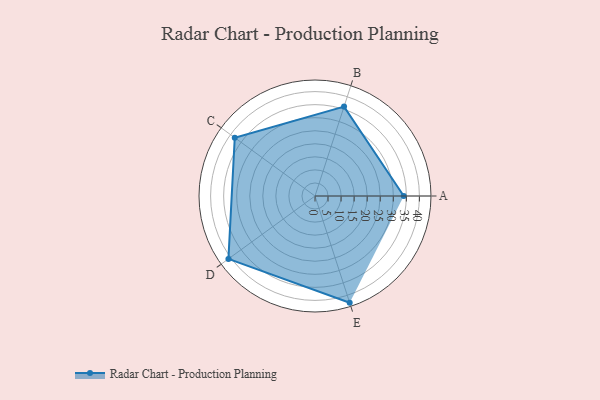
{"axis": {"x": "Skill", "y": "Score"}, "legend": ["Profile"], "data": [{"x": "A", "y": 34.0, "type": "Profile"}, {"x": "B", "y": 36.0, "type": "Profile"}, {"x": "C", "y": 38.0, "type": "Profile"}, {"x": "D", "y": 41.0, "type": "Profile"}, {"x": "E", "y": 43.0, "type": "Profile"}]}